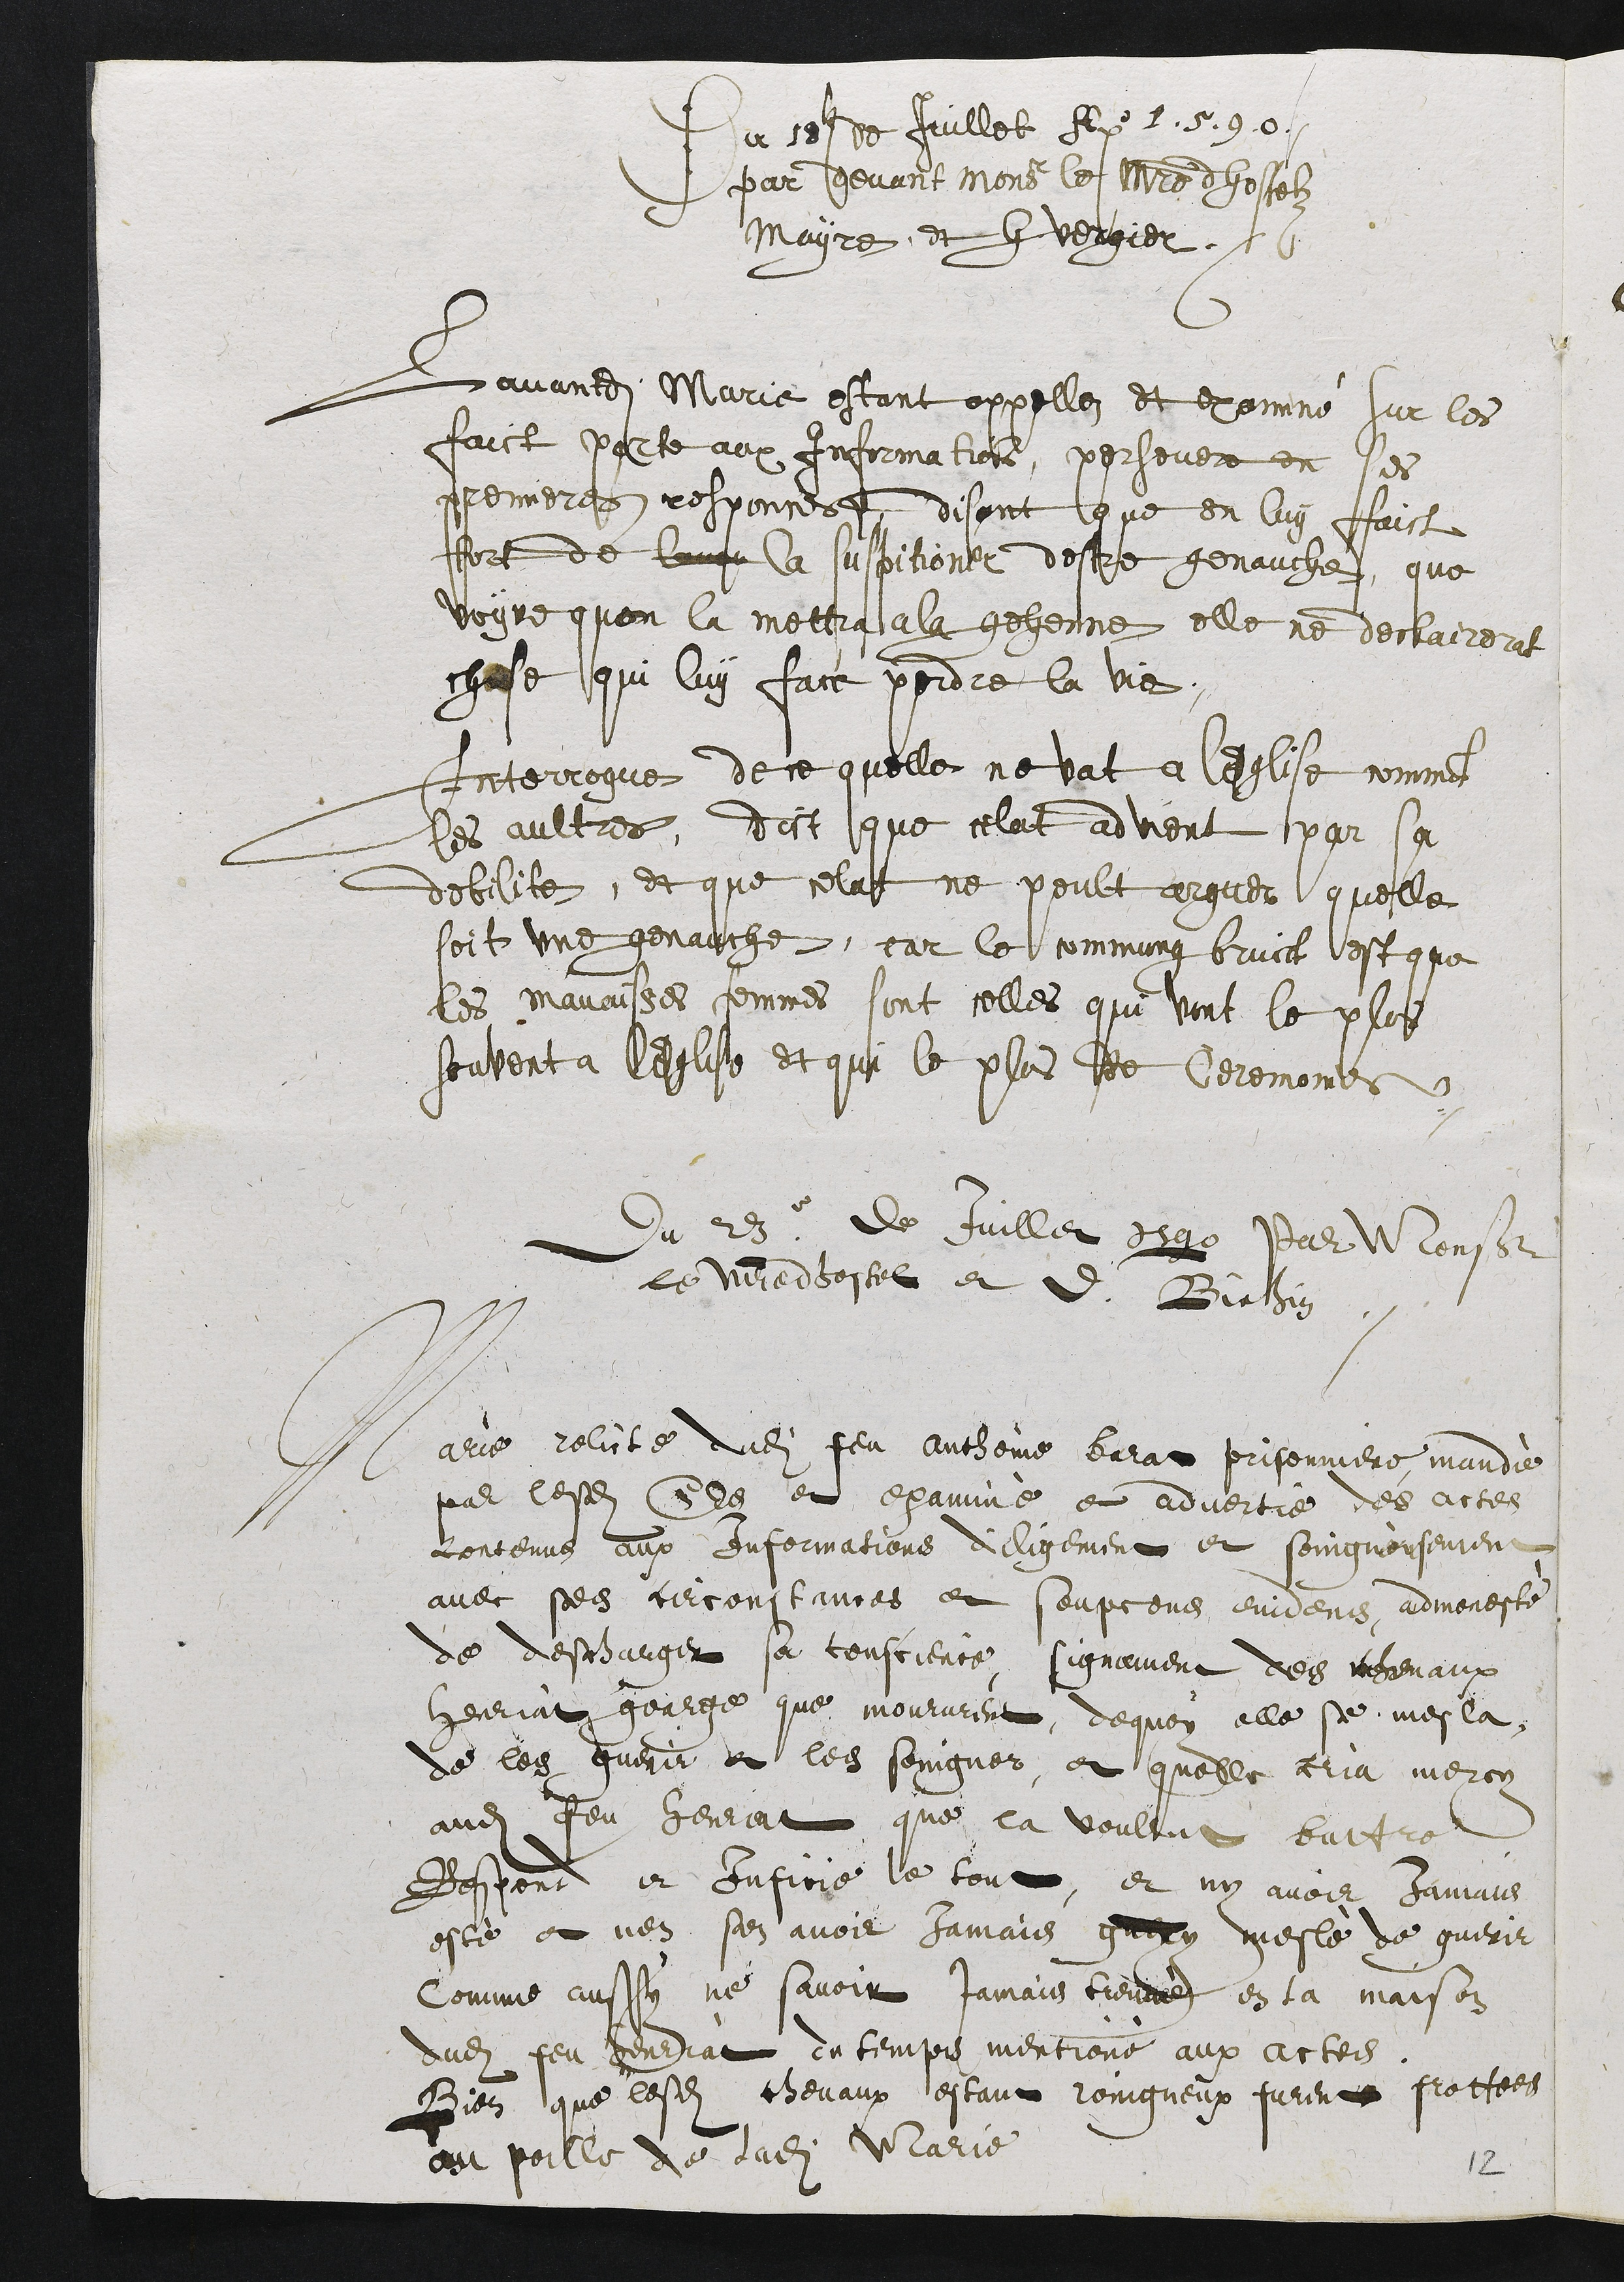
Du 18e de Juillet Ax 1590.
par devant Monieur le maistre dhostelz
Mayre et G vergier.
Lavandite Marie estant appellez et exominé sur les
faict parte aux Informations, persevere en ses
premieres, responces, disant que en luy faict
fort de lung la suspitioner destre genauche, que
voyre quon la mettra a la gehenne elle ne declairerat
chose qui luy fact perdre la vie.
Interrogué de ce quelle ne vat a l'Eglise comment
ses aultres, dict que celat advient par sa
debilite, et que cela ne peult arguer quelle
soit une genauche, car le commung bruict est que
les mavaisses femmes sont celles qui vont le plos
souvent a l'eglise et qui le plus de Ceremombs
Du 23e de Juillet 5590 Par Monsieur
le Miledhostel et D. Biethin
Marie relicte dudit feu antheine barat prisonniere mandié
par lesdites Els et examiné et advertie des actes
contenus aux Infermations dieligement et soingneusement
avec ses cercoustances et soupçons eniiens, admoneste
de descharger sa conscience signament des mrenaux
Henriat gearge que moururent, dequoy elle se mesla
de les guerir et les soingner, et quelle aria mercy
audit Jeu Henriat que la voultut battre
Respond et Infirre le tout, et ny avoir jamais
esté et nen sen avoir jamais garry meslé de guerir
Comme aussy ne savoit jamais trennr en la maison
dudit feu heuriat ou temps mentione aux actes
Bien que lesdits chevaux estant roingneux furent frottees
au poille de ladite Marie